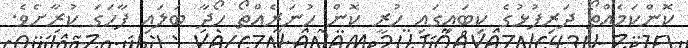
ކޮންކަމެއްތޯ ދަރިފުޅުގެ ކިބައިގައި ހުރީ ކޮން ހުނަރެއްތޯ ހޯދާ ބަލައި ފާހަގަ ކުރާށެވެ.